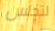
لتجلس